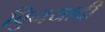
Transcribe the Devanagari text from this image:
बुिनयादी